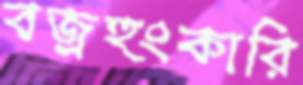
বজ্রহুংকারি